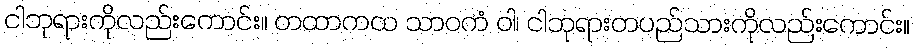
ငါဘုရားကိုလည်းကောင်း။ တထာကထ သာဝကံ ဝါ၊ ငါဘုရားတပည်သားကိုလည်းကောင်း။